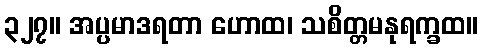
၃၂၇။ အပ္ပမာဒရတာ ဟောထ၊ သစိတ္တမနုရက္ခထ။